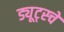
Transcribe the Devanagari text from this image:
ड्यूट्स्चे